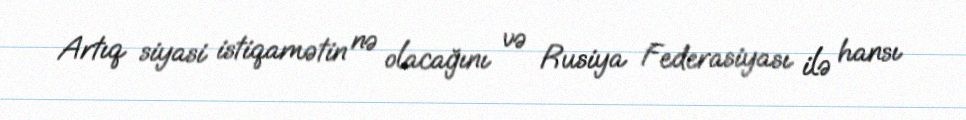
Artıq siyasi istiqamətin nə olacağını və Rusiya Federasiyası ilə hansı